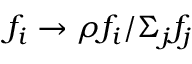
f _ { i } \to \rho f _ { i } / \Sigma _ { j } f _ { j }